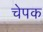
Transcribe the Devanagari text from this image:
चेपक